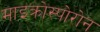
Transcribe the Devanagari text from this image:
माइक्रोस्पोरोन